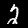
Digit: 2